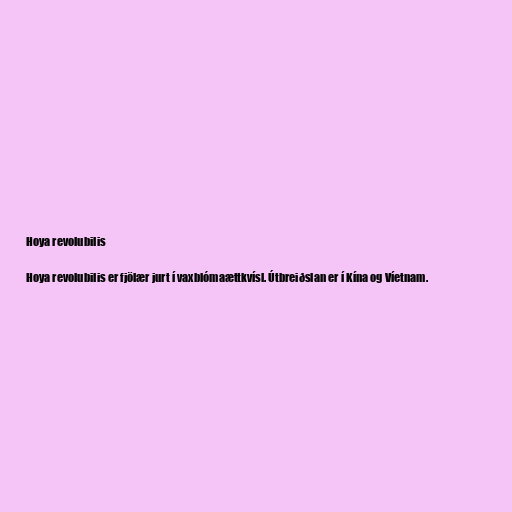
Hoya revolubilis

Hoya revolubilis er fjölær jurt í vaxblómaættkvísl. Útbreiðslan er í Kína og Víetnam.